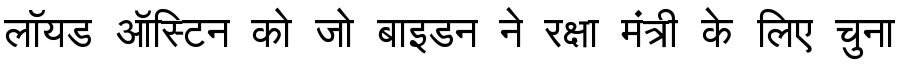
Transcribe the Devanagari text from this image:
लॉयड ऑस्टिन को जो बाइडन ने रक्षा मंत्री के लिए चुना